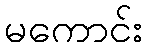
မကောင်း